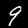
Label: 9